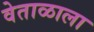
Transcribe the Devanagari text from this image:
वेताळाला